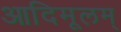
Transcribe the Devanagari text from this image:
आदिमूलम्